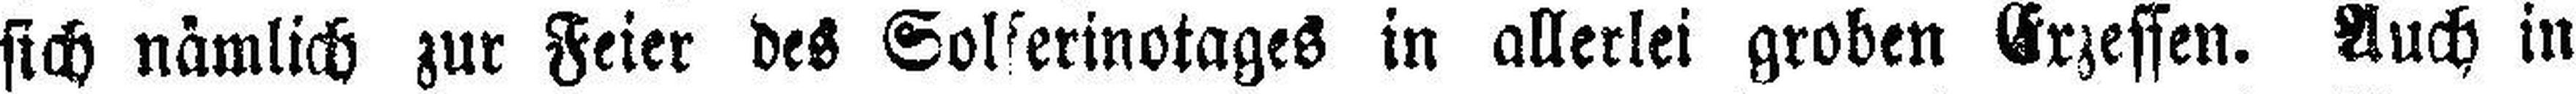
sich nämlich zur Feier des Solferinotages in allerlei groben Exzessen. Auch in